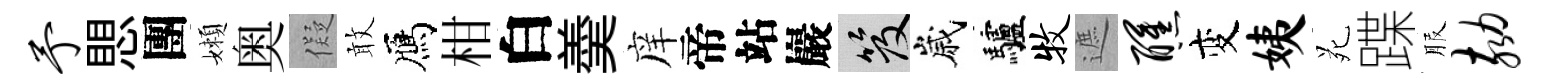
予愳團嬾奥儗敢鴈柑白羮庠帝站巖笈嵗驢牧遮醺变姨苑蹀服劾